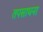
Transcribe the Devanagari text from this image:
तपसाधना